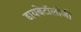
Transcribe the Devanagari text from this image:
डायबेटॉलोजी